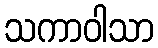
သကာဝါသာ